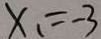
x _ { 1 } = - 3